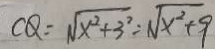
C Q = \sqrt { x ^ { 2 } + 3 ^ { 2 } } = \sqrt { x ^ { 2 } + 9 }